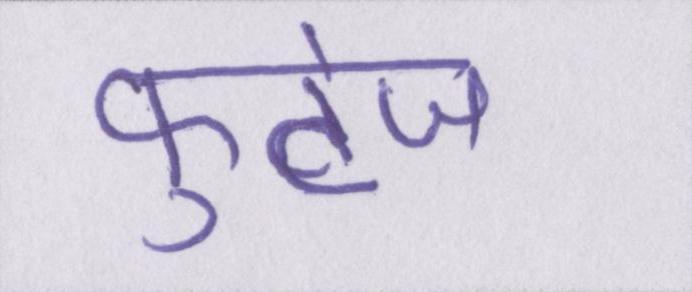
फुटेज